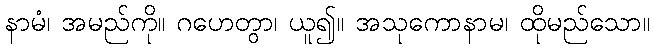
နာမံ၊ အမည်ကို။ ဂဟေတွာ၊ ယူ၍။ အသုကောနာမ၊ ထိုမည်သော။